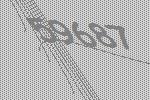
59687